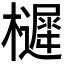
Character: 𭬱